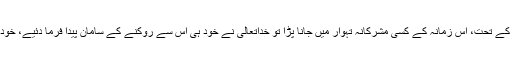
اگر کبھی بچپن میں اپنے بڑوں کے کسی دباؤ کے تحت، اس زمانہ کے کسی مشرکانہ تہوار میں جانا پڑا تو خداتعالیٰ نے خود ہی اس سے روکنے کے سامان پیدا فرما دئیے، خود ہی آپؐ کی حفاظت کے سامان پیدا فرما دئیے۔